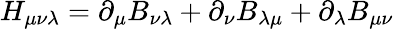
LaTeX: H_{\mu\nu\lambda}=\partial_{\mu}B_{\nu\lambda}+\partial_{\nu}B_{\lambda\mu}+\partial_{\lambda}B_{\mu\nu}